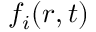
f _ { i } ( r , t )